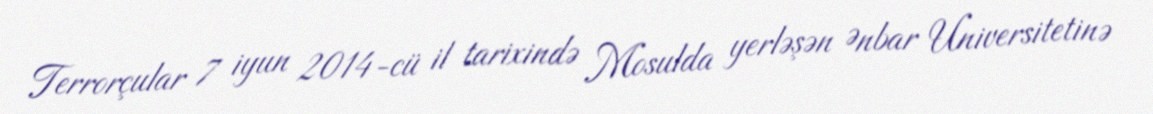
Terrorçular 7 iyun 2014-cü il tarixində Mosulda yerləşən Ənbar Universitetinə